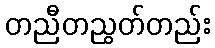
တညီတညွတ်တည်း